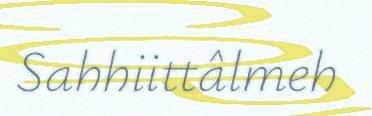
Sahhiittâlmeh